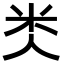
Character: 𥸪